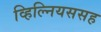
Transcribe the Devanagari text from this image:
व्हिल्नियससह